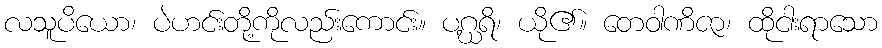
လသူပိယော၊ ပဲဟင်းတို့ကိုလည်းကောင်း။ ပဂ္ဃရိ၊ ယို၏။ တေဝါဏိဇာ၊ ထိုငါးရာသော